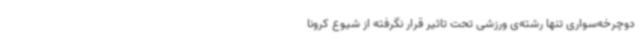
دوچرخه‌سواری تنها رشته‌ی ورزشی تحت تاثیر قرار نگرفته از شیوع کرونا